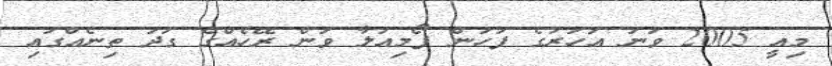
މިއީ 2005 ވަނަ އަހަރުގެ ފަހުން ފޯމިއުލާ ވަން ރޭހެއްގެ ގަދަ ތިނެއްގައި